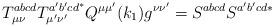
LaTeX: \begin{align*}T_{\mu \nu }^{abcd}T_{\mu ^{\prime }\nu ^{\prime }}^{a^{\prime }b^{\prime}cd^{*}}Q^{\mu \mu ^{\prime }}(k_1)g^{\nu \nu ^{\prime}}=S^{abcd}S^{a^{\prime }b^{\prime }cd*}\end{align*}